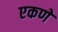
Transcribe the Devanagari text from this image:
एकणे